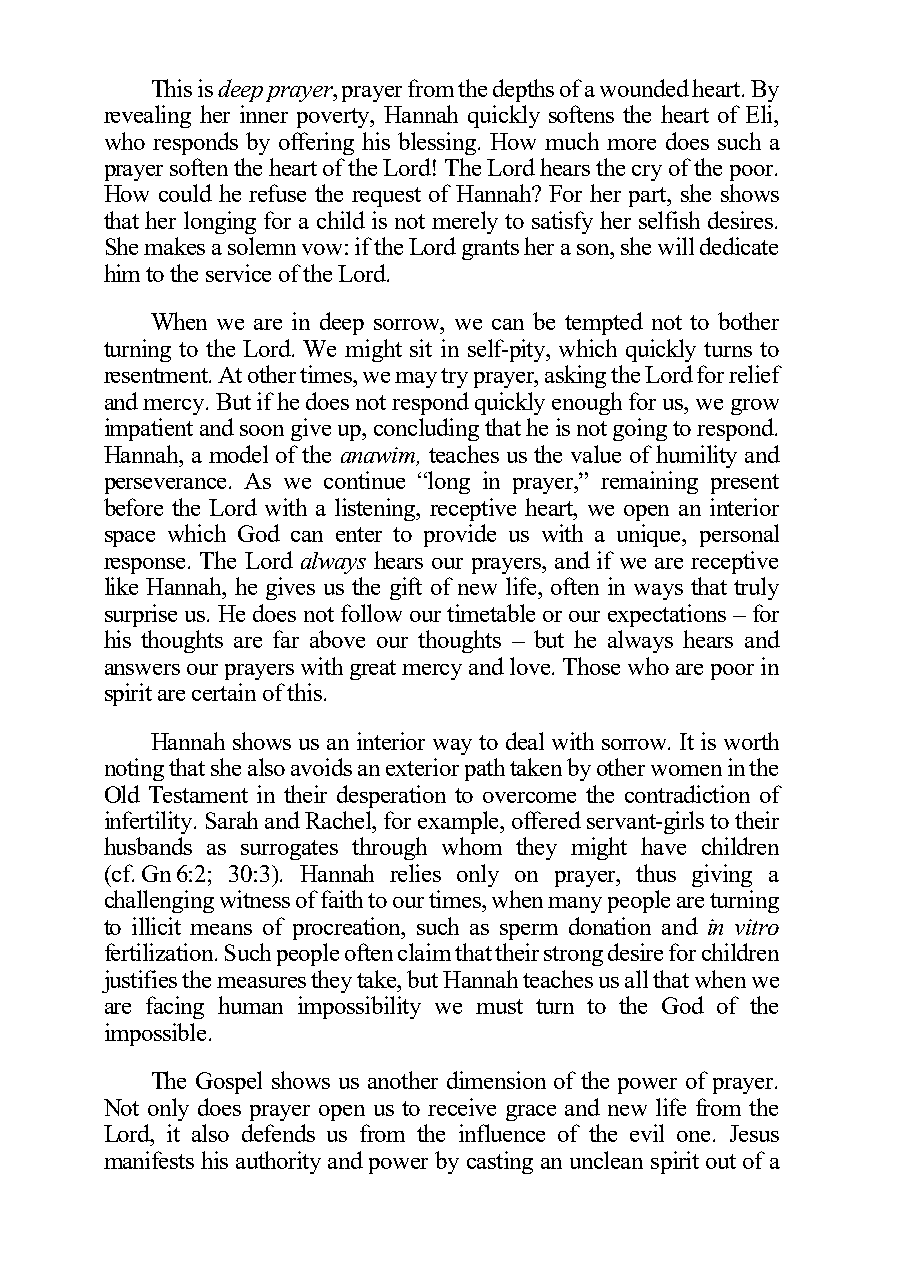
This is deep prayer, prayer from the depths of a wounded heart. By
 revealing her inner poverty, Hannah quickly softens the heart of Eli,
 who responds by offering his blessing. How much more does such a
 prayer soften the heart of the Lord! The Lord hears the cry of the poor.
 How could he refuse the request of Hannah? For her part, she shows
 that her longing for a child is not merely to satisfy her selfish desires.
 She makes a solemn vow: if the Lord grants her a son, she will dedicate
 him to the service of the Lord.
 When we are in deep sorrow, we can be tempted not to bother
 turning to the Lord. We might sit in self-pity, which quickly turns to
 resentment. At other times, we may try prayer, asking the Lord for relief
 and mercy. But if he does not respond quickly enough for us, we grow
 impatient and soon give up, concluding that he is not going to respond.
 Hannah, a model of the anawim, teaches us the value of humility and
 perseverance. As we continue “long in prayer,” remaining present
 before the Lord with a listening, receptive heart, we open an interior
 space which God can enter to provide us with a unique, personal
 response. The Lord always hears our prayers, and if we are receptive
 like Hannah, he gives us the gift of new life, often in ways that truly
 surprise us. He does not follow our timetable or our expectations – for
 his thoughts are far above our thoughts – but he always hears and
 answers our prayers with great mercy and love. Those who are poor in
 spirit are certain of this.
 Hannah shows us an interior way to deal with sorrow. It is worth
 noting that she also avoids an exterior path taken by other women in the
 Old Testament in their desperation to overcome the contradiction of
 infertility. Sarah and Rachel, for example, offered servant-girls to their
 husbands as surrogates through whom they might have children
 (cf. Gn 6:2; 30:3). Hannah relies only on prayer, thus giving a
 challenging witness of faith to our times, when many people are turning
 to illicit means of procreation, such as sperm donation and in vitro
 fertilization. Such people often claim that their strong desire for children
 justifies the measures they take, but Hannah teaches us all that when we
 are facing human impossibility we must turn to the God of the
 impossible.
 The Gospel shows us another dimension of the power of prayer.
 Not only does prayer open us to receive grace and new life from the
 Lord, it also defends us from the influence of the evil one. Jesus
 manifests his authority and power by casting an unclean spirit out of a